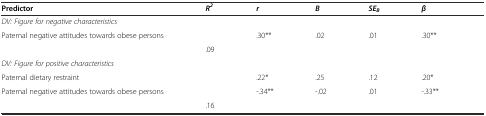
| Predictor | R2 | r | B | SEB | β |  |
 | --- | --- | --- | --- | --- | --- | --- |
 | DV: Figure for negative characteristics |  |  |  |  |  |  |
 | Paternal negative attitudes towards obese persons |  | .30** | .02 | .01 | .30** |  |
 |  | .09 |  |  |  |  |  |
 | DV: Figure for positive characteristics |  |  |  |  |  |  |
 | Paternal dietary restraint |  | .22* | .25 | .12 | .20* |  |
 | Paternal negative attitudes towards obese persons |  | -.34** | -.02 | .01 | -.33** |  |
 |  | .16 |  |  |  |  |  |